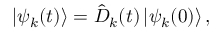
\vert \psi _ { k } ( t ) \rangle = \hat { D } _ { k } ( t ) \, \vert \psi _ { k } ( 0 ) \rangle \, ,